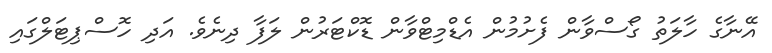
އޭނާގެ ހާލަތު ގޯސްވާން ފެށުމުން އެޑްމިޓްވާން ޑޮކްޓަރުން ލަފާ ދިނެވެ. އަދި ހޮސްޕިޓަލްގައި